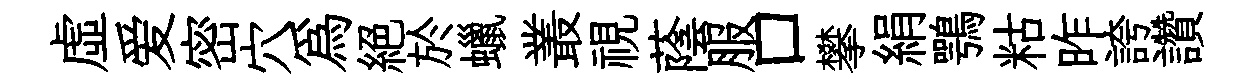
虛爱密穴為絶於蠟叢視蔭服口攀絹鶚䊀昨誇讚